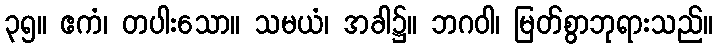
၃၅။ ဧကံ၊ တပါးသော။ သမယံ၊ အခါ၌။ ဘဂဝါ၊ မြတ်စွာဘုရားသည်။